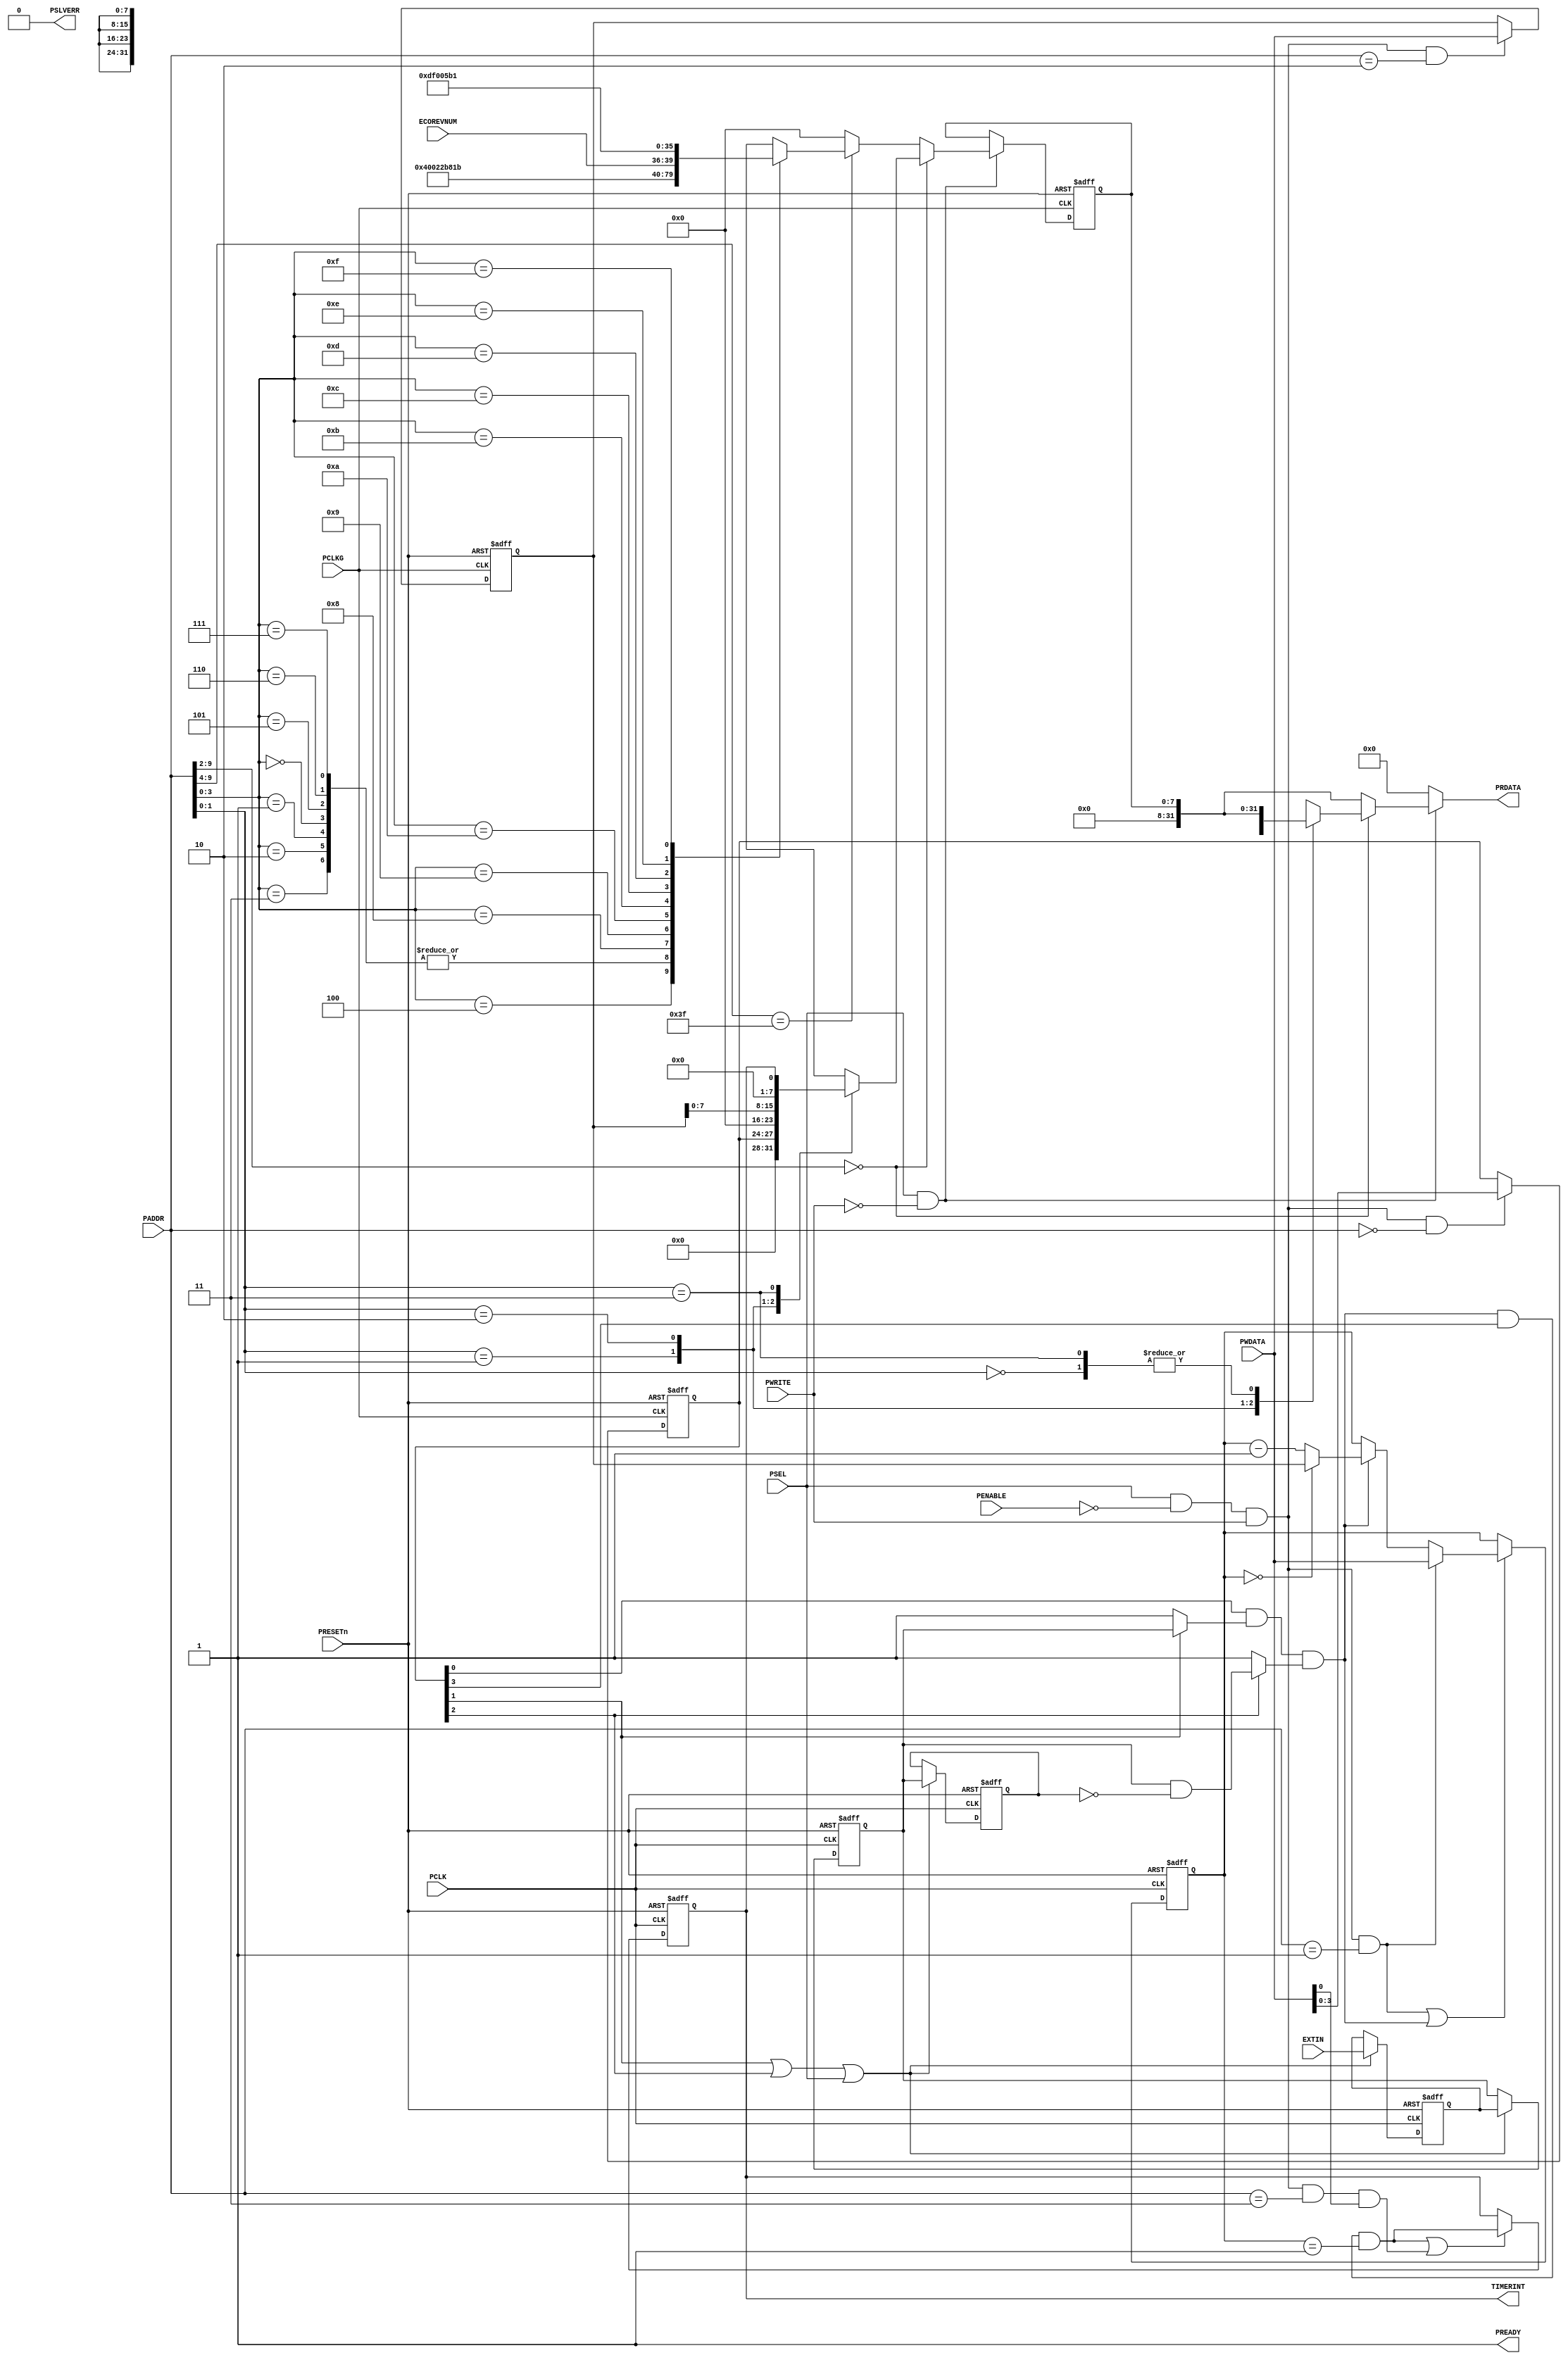
//-----------------------------------------------------------------------------
// Abstract : Simple APB timer
//-----------------------------------------------------------------------------
//
//-------------------------------------
// Programmer's model
// 0x00 RW    CTRL[3:0]
//              [3] Timer Interrupt Enable
//              [2] Select External input as Clock
//              [1] Select External input as Enable
//              [0] Enable
// 0x04 RW    Current Value[31:0]
// 0x08 RW    Reload Value[31:0]
// 0x0C R/Wc  Timer Interrupt
//              [0] Interrupt, right 1 to clear
// 0x3E0 - 0x3FC  ID registers
//-------------------------------------
module apb_timer (
    input  wire        PCLK,    // PCLK for timer operation
    input  wire        PCLKG,   // Gated clock
    input  wire        PRESETn, // Reset
    input  wire        PSEL,    // Device select
    input  wire [11:2] PADDR,   // Address
    input  wire        PENABLE, // Transfer control
    input  wire        PWRITE,  // Write control
    input  wire [31:0] PWDATA,  // Write data
    input  wire  [3:0] ECOREVNUM,// Engineering-change-order revision bits
    output wire [31:0] PRDATA,  // Read data
    output wire        PREADY,  // Device ready
    output wire        PSLVERR, // Device error response
    input  wire        EXTIN,   // External input
    output wire        TIMERINT // Timer interrupt output
);

// Local ID parameters, APB timer part number is 0x822
localparam  ARM_CMSDK_APB_TIMER_PID0 = 8'h22;
localparam  ARM_CMSDK_APB_TIMER_PID1 = 8'hB8;
localparam  ARM_CMSDK_APB_TIMER_PID2 = 8'h1B;
localparam  ARM_CMSDK_APB_TIMER_PID3 = 4'h0;
localparam  ARM_CMSDK_APB_TIMER_PID4 = 8'h04;
localparam  ARM_CMSDK_APB_TIMER_PID5 = 8'h00;
localparam  ARM_CMSDK_APB_TIMER_PID6 = 8'h00;
localparam  ARM_CMSDK_APB_TIMER_PID7 = 8'h00;
localparam  ARM_CMSDK_APB_TIMER_CID0 = 8'h0D;
localparam  ARM_CMSDK_APB_TIMER_CID1 = 8'hF0;
localparam  ARM_CMSDK_APB_TIMER_CID2 = 8'h05;
localparam  ARM_CMSDK_APB_TIMER_CID3 = 8'hB1;

// Signals for read/write controls
wire          read_enable;
wire          write_enable;
wire          write_enable00; // Write enable for Control register
wire          write_enable04; // Write enable for Current Value register
wire          write_enable08; // Write enable for Reload Value register
wire          write_enable0c; // Write enable for Interrupt register
reg     [7:0] read_mux_byte0;
reg     [7:0] read_mux_byte0_reg;
reg    [31:0] read_mux_word;
wire    [3:0] pid3_value;

// Signals for Control registers
reg     [3:0] reg_ctrl;
reg    [31:0] reg_curr_val;
reg    [31:0] reg_reload_val;
reg    [31:0] nxt_curr_val;

// Internal signals
reg           ext_in_sync1;  // Synchronisation registers for external input
reg           ext_in_sync2;  // Synchronisation registers for external input
reg           ext_in_delay;  // Delay register for edge detection
wire          ext_in_enable; // enable control for external input
wire          dec_ctrl;      // Decrement control
wire          clk_ctrl;      // Clk select result
wire          enable_ctrl;   // Enable select result
wire          edge_detect;   // Edge detection
reg           reg_timer_int; // Timer interrupt output register
wire          timer_int_clear; // Clear timer interrupt status
wire          timer_int_set;   // Set timer interrupt status
wire          update_timer_int;// Update Timer interrupt output register

// Start of main code
// Read and write control signals
assign  read_enable  = PSEL & (~PWRITE); // assert for whole APB read transfer
assign  write_enable = PSEL & (~PENABLE) & PWRITE; // assert for 1st cycle of write transfer
assign  write_enable00 = write_enable & (PADDR[11:2] == 10'h000);
assign  write_enable04 = write_enable & (PADDR[11:2] == 10'h001);
assign  write_enable08 = write_enable & (PADDR[11:2] == 10'h002);
assign  write_enable0c = write_enable & (PADDR[11:2] == 10'h003);

// Write operations
// Control register
always @(posedge PCLKG or negedge PRESETn)
begin
  if (~PRESETn)
    reg_ctrl <= {4{1'b0}};
  else if (write_enable00)
    reg_ctrl <= PWDATA[3:0];
end

// Current Value register
always @(posedge PCLK or negedge PRESETn)
begin
  if (~PRESETn)
    reg_curr_val <= {32{1'b0}};
  else if (write_enable04 | dec_ctrl)
    reg_curr_val <= nxt_curr_val;
end

// Reload Value register
always @(posedge PCLKG or negedge PRESETn)
begin
  if (~PRESETn)
    reg_reload_val <= {32{1'b0}};
  else if (write_enable08)
    reg_reload_val <= PWDATA[31:0];
end

// Read operation, partitioned into two parts to reduce gate counts
// and improve timing
assign pid3_value  = ARM_CMSDK_APB_TIMER_PID3;

// lower 8 bits -registered. Current value register mux not done here
// because the value can change every cycle
always @(PADDR or reg_ctrl or reg_reload_val or reg_timer_int or ECOREVNUM or pid3_value)
begin
 if (PADDR[11:4] == 8'h00) begin
   case (PADDR[3:2])
   2'h0: read_mux_byte0 =  {{4{1'b0}}, reg_ctrl};
   2'h1: read_mux_byte0 =   {8{1'b0}};
   2'h2: read_mux_byte0 =  reg_reload_val[7:0];
   2'h3: read_mux_byte0 =  {{7{1'b0}}, reg_timer_int};
   default:  read_mux_byte0 =   {8{1'bx}}; // x propagation
   endcase
 end
 else if (PADDR[11:6] == 6'h3F) begin
   case  (PADDR[5:2])
     4'h0, 4'h1,4'h2,4'h3: read_mux_byte0 =   {8{1'b0}};
 // ID register - constant values
     4'h4: read_mux_byte0 = ARM_CMSDK_APB_TIMER_PID4; // 0xFD0 : PID 4
     4'h5: read_mux_byte0 = ARM_CMSDK_APB_TIMER_PID5; // 0xFD4 : PID 5
     4'h6: read_mux_byte0 = ARM_CMSDK_APB_TIMER_PID6; // 0xFD8 : PID 6
     4'h7: read_mux_byte0 = ARM_CMSDK_APB_TIMER_PID7; // 0xFDC : PID 7
     4'h8: read_mux_byte0 = ARM_CMSDK_APB_TIMER_PID0; // 0xFE0 : PID 0  APB timer part number[7:0]
     4'h9: read_mux_byte0 = ARM_CMSDK_APB_TIMER_PID1; // 0xFE0 : PID 1 [7:4] jep106_id_3_0. [3:0] part number [11:8]
     4'hA: read_mux_byte0 = ARM_CMSDK_APB_TIMER_PID2; // 0xFE0 : PID 2 [7:4] revision, [3] jedec_used. [2:0] jep106_id_6_4
     4'hB: read_mux_byte0 = {ECOREVNUM[3:0],pid3_value[3:0]};
                                                     // 0xFE0 : PID 3 [7:4] ECO revision, [3:0] modification number
     4'hC: read_mux_byte0 = ARM_CMSDK_APB_TIMER_CID0; // 0xFF0 : CID 0
     4'hD: read_mux_byte0 = ARM_CMSDK_APB_TIMER_CID1; // 0xFF4 : CID 1 PrimeCell class
     4'hE: read_mux_byte0 = ARM_CMSDK_APB_TIMER_CID2; // 0xFF8 : CID 2
     4'hF: read_mux_byte0 = ARM_CMSDK_APB_TIMER_CID3; // 0xFFC : CID 3
     default : read_mux_byte0 = {8{1'bx}}; // x propogation
    endcase
  end
  else begin
     read_mux_byte0 =   {8{1'b0}};     //default read out value
  end
end

// Register read data
always @(posedge PCLKG or negedge PRESETn)
begin
  if (~PRESETn)
    read_mux_byte0_reg <= {8{1'b0}};
  else if (read_enable)
    read_mux_byte0_reg <= read_mux_byte0;
end

// Second level of read mux
always @(PADDR or read_mux_byte0_reg or reg_curr_val or reg_reload_val)
begin
    if (PADDR[11:4] == 8'h00) begin
      case (PADDR[3:2])
        2'b01:   read_mux_word = {reg_curr_val[31:0]};
        2'b10:   read_mux_word = {reg_reload_val[31:8],read_mux_byte0_reg};
        2'b00,2'b11:  read_mux_word = {{24{1'b0}} ,read_mux_byte0_reg};
        default : read_mux_word = {32{1'bx}};
      endcase
    end
    else begin
      read_mux_word = {{24{1'b0}}  ,read_mux_byte0_reg};
    end
end

// Output read data to APB
assign PRDATA = (read_enable) ? read_mux_word : {32{1'b0}};
assign PREADY  = 1'b1; // Always ready
assign PSLVERR = 1'b0; // Always okay

assign ext_in_enable = reg_ctrl[1] | reg_ctrl[2] | PSEL;

// Synchronize input and delay for edge detection
always @(posedge PCLK or negedge PRESETn)
begin
  if (~PRESETn)
    begin
    ext_in_sync1 <= 1'b0;
    ext_in_sync2 <= 1'b0;
    ext_in_delay <= 1'b0;
    end
  else if (ext_in_enable)
    begin
    ext_in_sync1 <= EXTIN;
    ext_in_sync2 <= ext_in_sync1;
    ext_in_delay <= ext_in_sync2;
    end
end

// Edge detection
assign edge_detect = ext_in_sync2 & (~ext_in_delay);

// Clock selection
assign clk_ctrl    = reg_ctrl[2] ? edge_detect : 1'b1;

// Enable selection
assign enable_ctrl = reg_ctrl[1] ? ext_in_sync2 : 1'b1;

// Overall decrement control
assign dec_ctrl    = reg_ctrl[0] & enable_ctrl & clk_ctrl;

// Decrement counter
always @(write_enable04 or PWDATA or dec_ctrl or reg_curr_val or reg_reload_val)
begin
    if (write_enable04)
      nxt_curr_val = PWDATA[31:0]; // Software write to timer
    else if (dec_ctrl)
      begin
      if (reg_curr_val == {32{1'b0}})
        nxt_curr_val = reg_reload_val; // Reload
      else
        nxt_curr_val = reg_curr_val - 1'b1; // Decrement
      end
    else
      nxt_curr_val = reg_curr_val; // Unchanged
end

// Interrupt generation
// Trigger an interrupt when decrement to 0 and interrupt enabled
// and hold it until clear by software
assign timer_int_set   = (dec_ctrl & reg_ctrl[3] & (reg_curr_val==32'h00000001));
assign timer_int_clear = write_enable0c & PWDATA[0];
assign update_timer_int= timer_int_set | timer_int_clear;

// Registering interrupt output
always @(posedge PCLK or negedge PRESETn)
begin
  if (~PRESETn)
    reg_timer_int <= 1'b0;
  else if (update_timer_int)
    reg_timer_int <= timer_int_set;
end

// Connect to external
assign TIMERINT = reg_timer_int;

endmodule